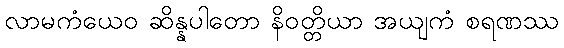
လာမကံယေဝ ဆိန္နပါတော နိဝတ္တိယာ အယျကံ စရဏဿ